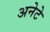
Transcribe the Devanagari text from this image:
अनेटे